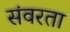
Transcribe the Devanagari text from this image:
संवरता